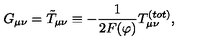
G _ { \mu \nu } = \tilde { T } _ { \mu \nu } \equiv - \frac { 1 } { 2 F ( \varphi ) } T _ { \mu \nu } ^ { ( t o t ) } ,